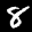
Label: 8